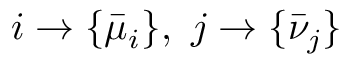
i \rightarrow \{ \bar { \mu } _ { i } \} , ~ j \rightarrow \{ \bar { \nu } _ { j } \}